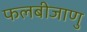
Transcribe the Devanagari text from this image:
फलबीजाणु